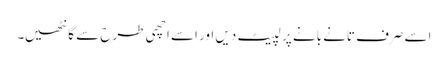
اسے صرف تانے بانے پر لپیٹ دیں اور اسے اچھی طرح سے گانٹھیں۔